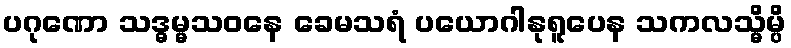
ပဂုဏော သဒ္ဓမ္မသဝနေ ခေမသရံ ပယောဂါနုရူပေန သကလသ္မိမ္ပိ